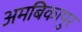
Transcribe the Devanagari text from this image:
अमबिकापुर